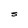
Character: S